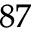
^ { 8 7 }